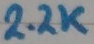
Text: 2.2K